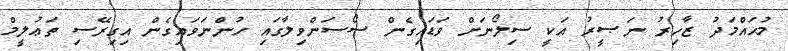
މުޙައްމަދު ޒާހިރު ނަޞީރު އަކީ ސިލޯނަށް ވަޑައިގެން ސޯސަންވިލާގައި ހުންނަވައިގެން އިގިރޭސި ތަޢުލީމް